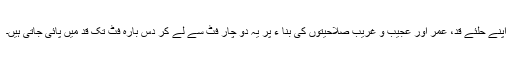
اپنے حلئے قد، عمر اور عجیب و غریب صلاحیتوں کی بنا ء پر یہ دو چار فٹ سے لے کر دس بارہ فٹ تک قد میں پائی جاتی ہیں۔